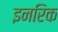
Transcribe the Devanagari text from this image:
इनरिक